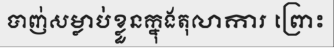
បាញ់សម្លាប់ខ្លួនក្នុងតុលាការ ព្រោះ